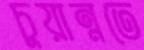
চুয়ান্নতে